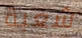
شعبة